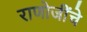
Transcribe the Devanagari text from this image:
राणोजींचे